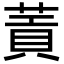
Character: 䔈